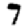
Digit: 7